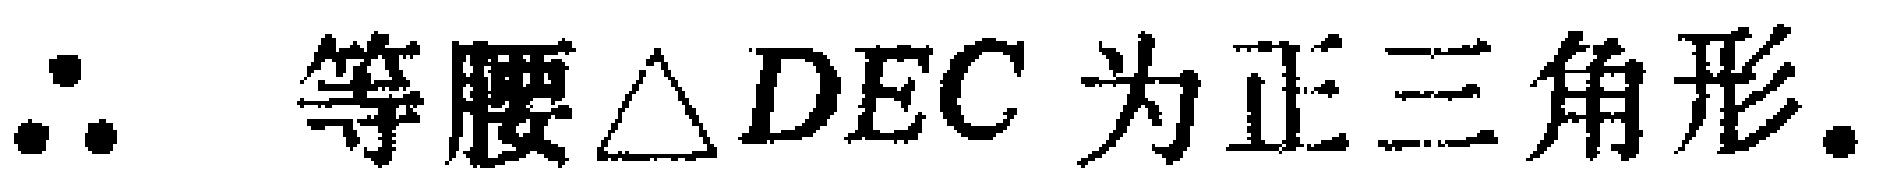
$\therefore$ 等腰$\triangle DEC$ 为正三角形.